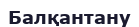
Балқантану